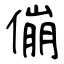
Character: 傰